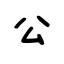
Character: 公